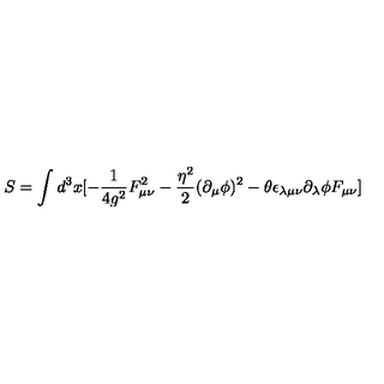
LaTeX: S = \int d ^ { 3 } x [ - \frac { 1 } { 4 g ^ { 2 } } F _ { \mu \nu } ^ { 2 } - \frac { { \eta } ^ { 2 } } { 2 } ( \partial _ { \mu } \phi ) ^ { 2 } - \theta \epsilon _ { \lambda \mu \nu } \partial _ { \lambda } \phi F _ { \mu \nu } ]